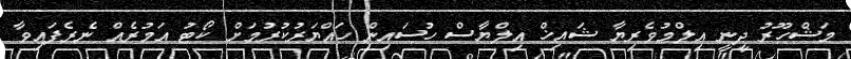
މަޝްހޫރު ދީނީ އިލްމުވެރިޔާ ޝައިޚް އިލްޔާސް ހުސައިން ހައްޔަރުކުރުމަށް ކޯޓު އަމުރެއް ނެރެފައިވާ